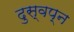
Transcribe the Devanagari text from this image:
दुस्वप्न